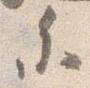
参